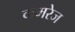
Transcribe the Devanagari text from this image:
कमरेज